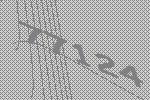
77124